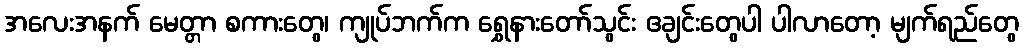
အလေးအနက် မေတ္တာ စကားတွေ၊ ကျုပ်ဘက်က ရွှေနားတော်သွင်း ဧချင်းတွေပါ ပါလာတော့ မျက်ရည်တွေ